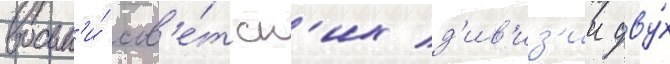
восьм'и́ сов'е́тск'их д'ив'из'ии дву́х